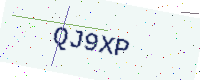
Text: QJ9XP